Vaccine operations Central Provinces & Berar 1912-1920 - 1912-1920
Year: 1912
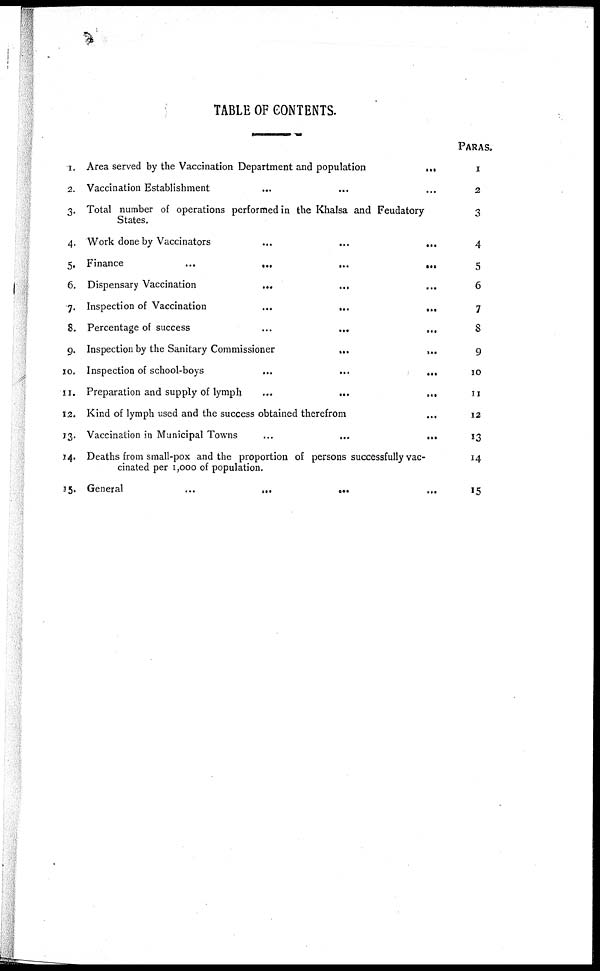
TABLE OF CONTENTS.
1.
2.
3.
4.
5.
6.
7.
8.
9.
10.
11.
12.
13.
14.
15.
Area served by the Vaccination Department and population
...
Vaccination Establishment
... ... ...
Total number of operations performed in the Khalsa and Feudatory
States.
Work done by Vaccinators
...
...
...
Finance
...
...
...
...
Dispensary Vaccination
...
...
...
Inspection of Vaccination
...
...
...
Percentage of success
...
...
...
Inspection by the Sanitary Commissioner
...
...
Inspection of school-boys
...
...
...
Preparation and supply of lymph
...
...
...
Kind of lymph used and the success obtained therefrom ...
Vaccination in Municipal Towns
...
...
...
Deaths from small-pox and the proportion of persons successfully vac-
cinated per 1,000 of population.
General
...
...
... ...
PARAS.
1
2
3
4
5
6
7
8
9
10
11
12
13
14
15